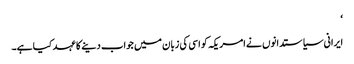
‘
ایرانی سیاستدانوں نے امریکہ کو اسی کی زبان میں جواب دینے کا عہد کیا ہے۔